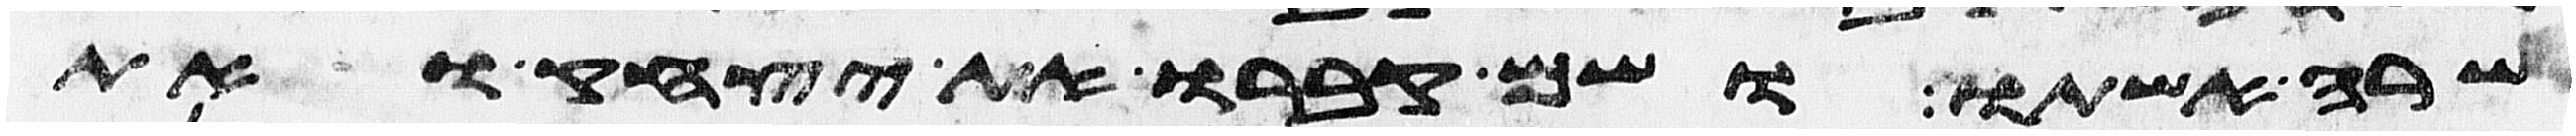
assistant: שרה אשתו ושם קברו את יצחק ואת